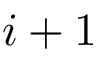
i + 1